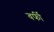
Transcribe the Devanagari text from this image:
वर्फी